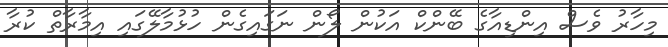
މިހާރު ވެސް އިންޑިއާގެ ބޭންކް އަކުން ލޯން ނަގައިގެން ހުޅުމާލޭގައި އިމާރާތް ކުރާ